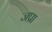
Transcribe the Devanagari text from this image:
जप्रा